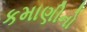
કમાણીનો